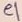
Text: e1